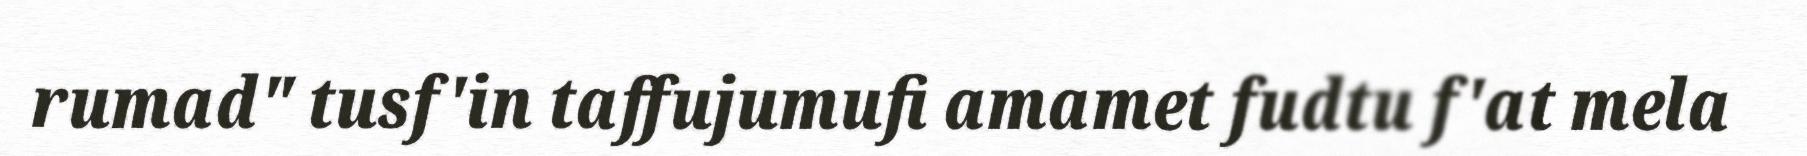
rumad" tusf'in taffujumufi amamet fudtu f'at mela